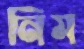
নিম